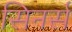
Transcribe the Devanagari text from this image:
सिनर्स